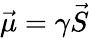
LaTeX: {\vec{\mu}}=\gamma{\vec{S}}